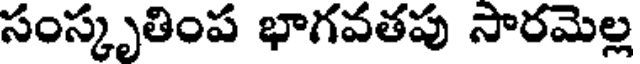
సంస్కృతింప భాగవతపు సారమెల్ల